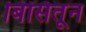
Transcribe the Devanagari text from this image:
बिसितून